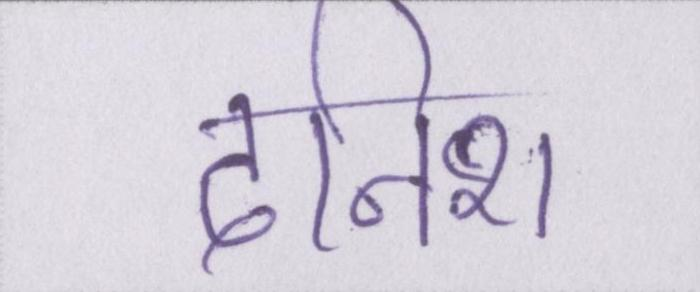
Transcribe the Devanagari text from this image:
दनिश